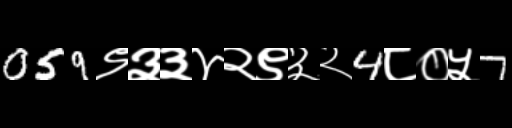
Text: 059९३३४२९३२4८०५7